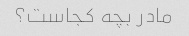
مادر بچه کجاست؟